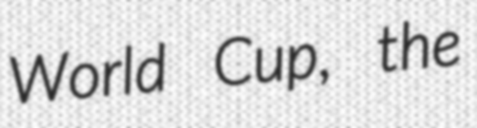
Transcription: World Cup, the